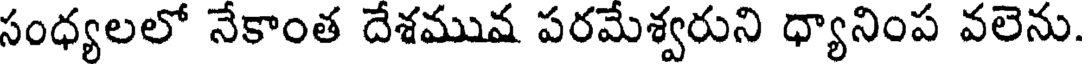
సంధ్యలలో నేకాంత దేశమువ పరమేశ్వరుని ధ్యానింప వలెను